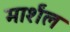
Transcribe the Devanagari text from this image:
मार्शंल